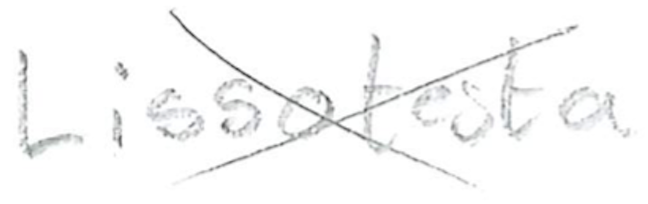
Text: Lissotesta
Cross-out: cross
Writing tool: pencil